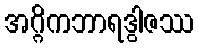
အဂ္ဂိကဘာရဒွါဇဿ